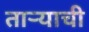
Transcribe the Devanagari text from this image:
ताऱ्‍याची